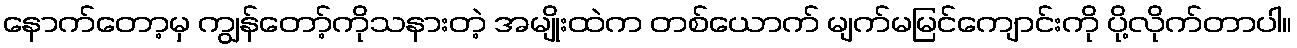
နောက်တော့မှ ကျွန်တော့်ကိုသနားတဲ့ အမျိုးထဲက တစ်ယောက် မျက်မမြင်ကျောင်းကို ပို့လိုက်တာပါ။